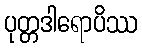
ပုတ္တဒါရောပိဿ